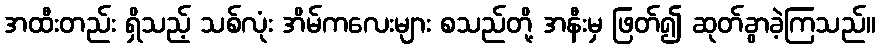
အထီးတည်း ရှိသည့် သစ်လုံး အိမ်ကလေးများ စသည်တို့ အနီးမှ ဖြတ်၍ ဆုတ်ခွာခဲ့ကြသည်။